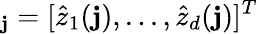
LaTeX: _\mathbf{j}=[\hat{{z}}_{1}(\mathbf{j}),...,\hat{{z}}_{d}(\mathbf{j})]^{T}